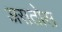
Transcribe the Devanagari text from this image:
असतोस